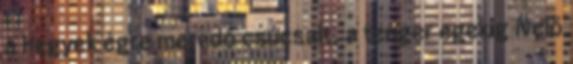
a hegyek égre meredő csúcsait, a tenger egekig ívelő